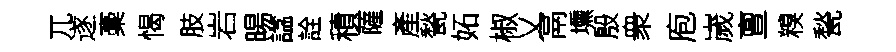
兀遂稾愒肢岩暘諡詮積薩產甃妬椒乂鬲壎殷衆庖嵗亶糗甃